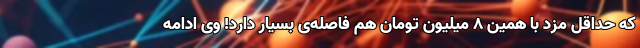
که حداقل مزد با همین ۸ میلیون تومان هم فاصله‌ی بسیار دارد! وی ادامه